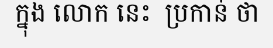
ក្នុង លោក នេះ  ប្រកាន់ ថា